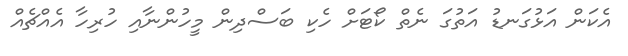
އެކަން އަޅުގަނޑު އަތުގަ ނެތް ކޯޓަށް ހެކި ބަސްދިން މީހުންނާއި ހުރިހާ އެއްޗެއް